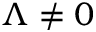
\Lambda \neq 0